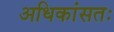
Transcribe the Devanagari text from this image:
अधिकांसतः